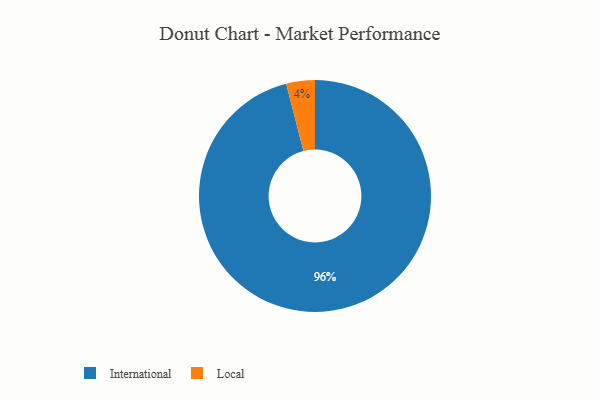
{"axis": {"x": "Category", "y": "Percentage"}, "legend": ["International", "Local"], "data": [{"x": "International", "y": 96, "type": "International"}, {"x": "Local", "y": 4, "type": "Local"}]}